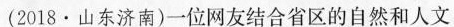
(2018·山东济南)一位网友结合省区的自然和人文